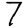
Digit: 7